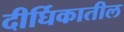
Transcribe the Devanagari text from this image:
दीर्घिकातील